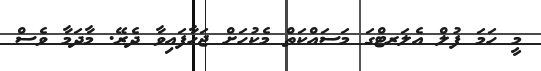
މީ ހަމަ ފުލް އެލަރޓްގަ މަސައްކަތް މެކުހަށް ޖަހާފައިވާ ދެރޭ. މާދަމާ ވެސް